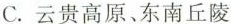
C.云贵高原、东南丘陵